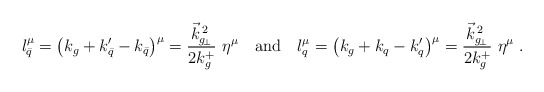
\begin{align*}l_{\bar q} ^\mu = \left(k_g + k_{\bar q}^\prime - k_{\bar q}\right) ^\mu = {\vec k _{g_{\!\perp}} ^{\,2}\over 2k_g^+}\ \eta ^\mu \quad{\rm and}\quad l^\mu_q = \left(k_g + k_q - k_q^\prime\right) ^\mu = {\vec k _{g_{\!\perp}} ^{\,2}\over 2k_g^+}\ \eta ^\mu\ .\end{align*}